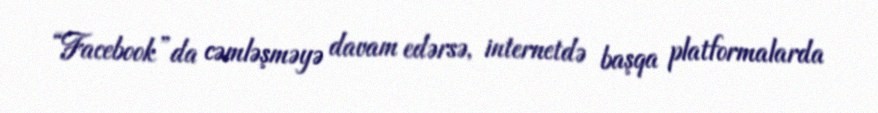
“Facebook”da cəmləşməyə davam edərsə, internetdə başqa platformalarda